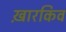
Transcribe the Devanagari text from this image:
ख़ारकिव